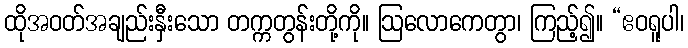
ထိုအဝတ်အချည်းနှီးသော တက္ကတွန်းတို့ကို။ ဩလောကေတွာ၊ ကြည့်၍။ “ဧဝရူပါ၊